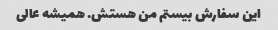
این سفارش بیستم من هستش. همیشه عالی